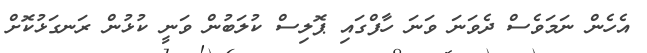
އެހެން ނަމަވެސް ދެވަނަ ވަނަ ހާފްގައި ޕޮލިސް ކުލަބުން ވަނީ ކުޅުން ރަނގަޅުކޮށް